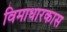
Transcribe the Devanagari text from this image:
विमाधारकास